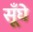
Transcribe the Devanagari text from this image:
सूँघे